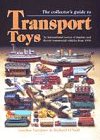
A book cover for The Collector's All Colour Guide to Transport Toys : An International Survey of Tinplate and Diecast Commercial Vehicles from 1900 to the Present Day; Gordon Gardiner; Crafts, Hobbies & Home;